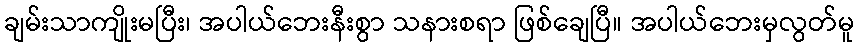
ချမ်းသာကျိုးမပြီး၊ အပါယ်ဘေးနီးစွာ သနားစရာ ဖြစ်ချေပြီ။ အပါယ်ဘေးမှလွတ်မူ